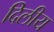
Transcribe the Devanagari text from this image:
दिलीय